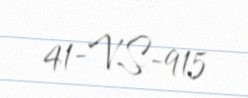
41-VS-915